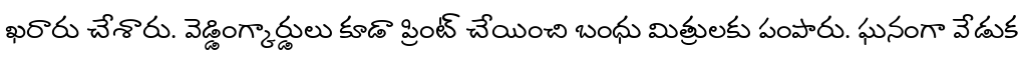
ఖరారు చేశారు. వెడ్డింగ్కార్డులు కూడా ప్రింట్ చేయించి బంధు మిత్రులకు పంపారు. ఘనంగా వేడుక